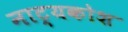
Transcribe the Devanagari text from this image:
नाट्यकोश